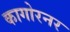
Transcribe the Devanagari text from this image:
कागोरनर